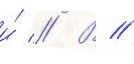
и́ // В //